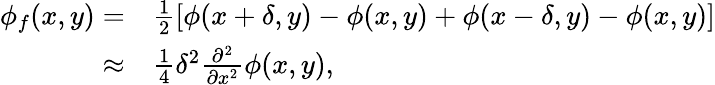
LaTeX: \begin{array}{rl}{\phi_{f}(x,y)=}&{{}\frac{1}{2}[\phi(x+\delta,y)-\phi(x,y)+\phi(x-\delta,y)-\phi(x,y)]}\\ {\approx}&{{}\frac{1}{4}\delta^{2}\frac{\partial^{2}}{\partial x^{2}}\phi(x,y),}\end{array}